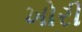
ખોરી